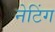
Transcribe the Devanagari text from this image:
नेटिंग